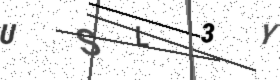
Text: USL3Y